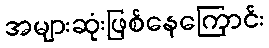
အများဆုံးဖြစ်နေကြောင်း